Annual report of the Central Committee of the Association together with the report of the directors of the Pasteur Institute at Kasauli
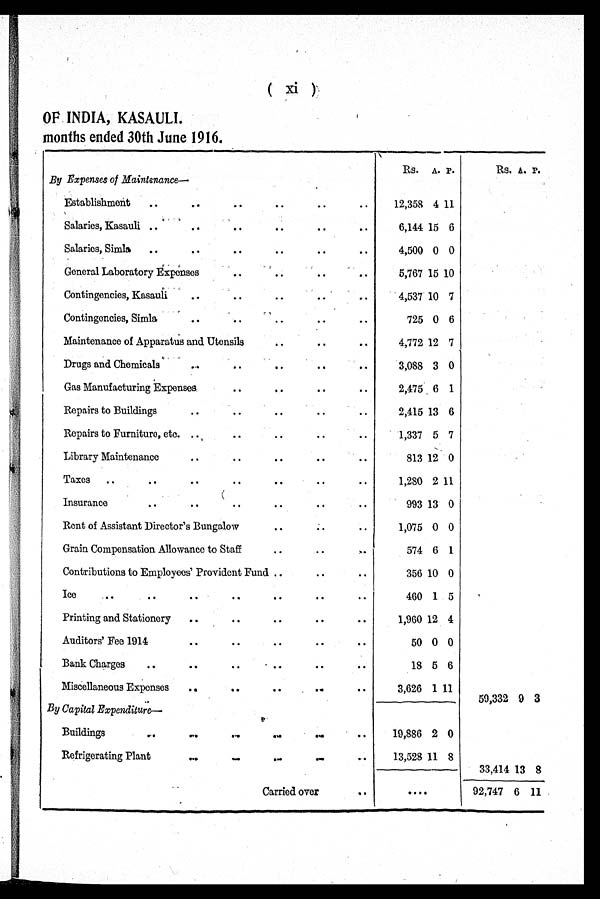
( xi )
OF INDIA, KASAULI.
months ended 30th June 1916.
By Expenses of Maintenance—
Rs.
A. P.
Rs. A. P.
Establishment
.. .. .. .. .. ..
12,358 4 11
Salaries, Kasauli ..
.. .. .. .. ..
6,144 15 6
Salaries, Simla
..
..
..
..
..
..
4,500 0 0
General Laboratory Expenses
..
..
..
..
5,767 15 10
Contingencies, Kasauli
..
..
..
..
..
4,537 10 7
Contingencies, Simla
..
..
..
.. ..
725 0 6
Maintenance of Apparatus and Utensils
..
..
..
4,772 12 7
Drugs and Chemicals
...
..
..
..
..
3,088 3 0
Gas Manufacturing Expenses
..
.. ..
..
2,475 6 1
Repairs to Buildings
..
..
..
.. ..
2,415 13 6
Repairs to Furniture, etc.
..
..
..
..
1,337 5 7
Library Maintenance
..
..
..
.. ..
813 12 0
Taxes
..
..
..
..
..
.. ..
1,280 2 11
Insurance
..
..
..
..
..
..
993 13 0
Rent of Assistant Director's Bungalow
..
.. ..
1,075 0 0
Grain Compensation Allowance to Staff
..
..
..
574 6 1
Contributions to Employees' Provident Fund ..
..
..
356 10 0
Ice
..
..
.. .. .. ..
.
..
460 1 5
Printing and Stationery
..
..
..
..
..
1,960 12 4
Auditors' Fee 1914
..
..
..
..
..
50 0 0
Bank Charges
..
..
..
..
..
..
18 5 6
Miscellaneous Expenses
..
..
..
..
..
3,626 1 11
...
59,332 9 3
By Capital Expenditure
—
.. .. ..
Buildings
.. ..
.
..
,
.. .. ..
19,886 2 0
Refrigerating Plant
.. .. ..
.
.. ..
.
13,528 11 8
33,414 13 8
Carried over
..
..
92,747 6 11